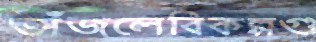
ভাঁজলেবিকল্পগু